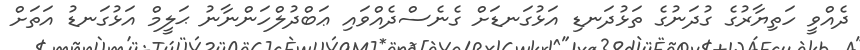
ދެއްވީ ހަތިޔާރުގެ ގުދަނުގެ ތަޅުދަނޑި އަޅުގަނޑަށް ގެނެސްދެއްވައި ޢަބްދުލްހަންނާނު ޙަލީމް އަޅުގަނޑު އަތަށް